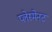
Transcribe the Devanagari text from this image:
प्लेस्मेनट